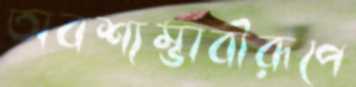
অবশ্যম্ভাবীরূপে